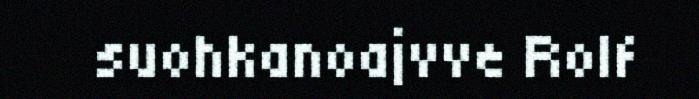
suohkanoajvve Rolf